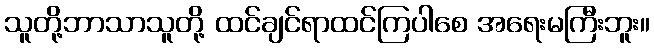
သူတို့ဘာသာသူတို့ ထင်ချင်ရာထင်ကြပါစေ အရေးမကြီးဘူး။